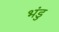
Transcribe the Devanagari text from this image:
भंडु